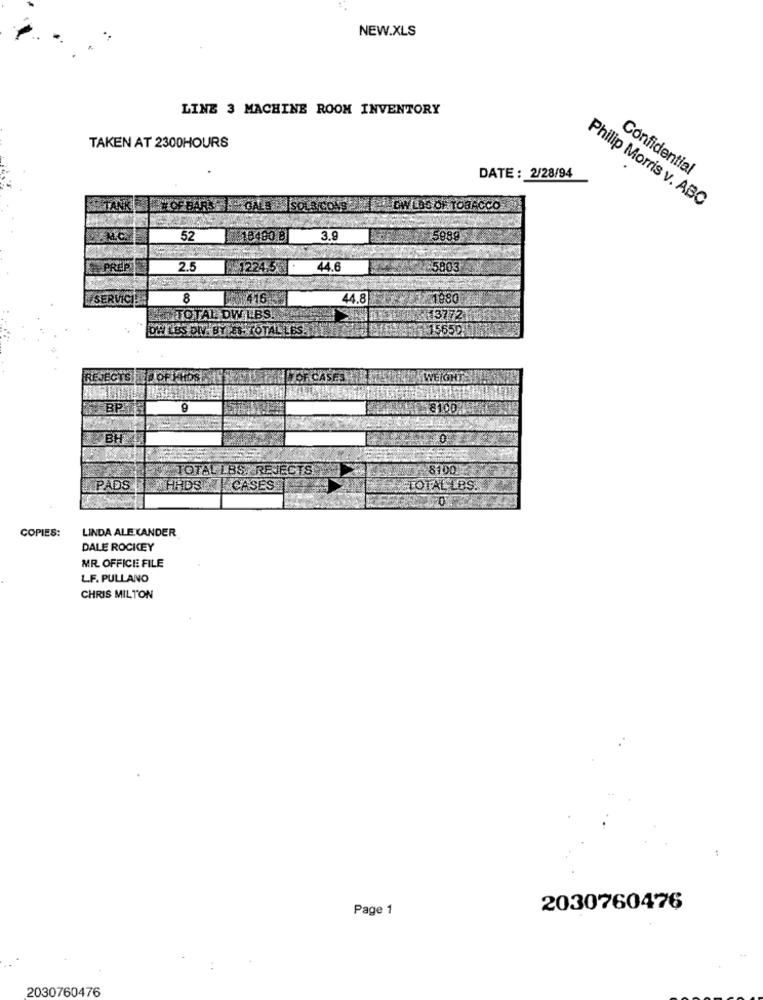
NEW.XLS
LINZ 3 MACHINE ROOM INVENTORY
TAKEN AT 2300HOURS
Confidential
DATE: 2/28/94
IACCO
Philip Morris v. ABC
52
18400 B
3.9
5989
2.5
14.6
803
8
44.8
TOTAL
TUBS
3772
DW LES DIV BY ES TOTAL LES.
BOF
BP
9
8100
0
TOTAL L BS/ REJECTS
8100
PADS
HIDSETCASES
TOTALLES.
COPIES:
LINDA ALEXANDER
DALE ROCKEY
MR. OFFICE FILE
L.F. PULLANO
CHRIS MILTON
:
Page 1
2030760476
2030760476